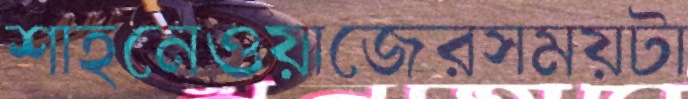
শাহনেওয়াজেরসময়টা